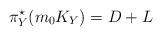
LaTeX: \begin{align*} \pi_Y ^\star(m_0 K_Y)= D+ L\end{align*}